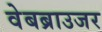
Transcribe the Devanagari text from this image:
वेबब्राउजर